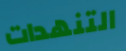
التنهدات